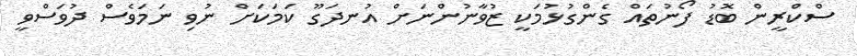
ސްކްރީން ބޮޑު ފޯނުތައް ގެންގުޅުމަކީ ޒުވާނުންނަށް އުނދަގޫ ކަމަކަށް ނުވި ނަމަވެސް ދުވަސްވީ